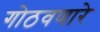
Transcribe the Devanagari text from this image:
गोठवणारे